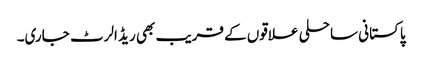
پاکستانی ساحلی علاقوں کے قریب بھی ریڈ الرٹ جاری۔